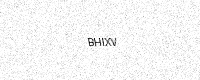
Text: BHIXV